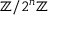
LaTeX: \mathbb { Z } / 2 ^ { n } \mathbb { Z }